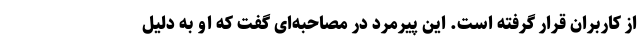
از کاربران قرار گرفته است. این پیرمرد در مصاحبه‌ای گفت که او به دلیل